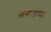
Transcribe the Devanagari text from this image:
जमजमा